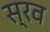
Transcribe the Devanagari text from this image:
स्रव